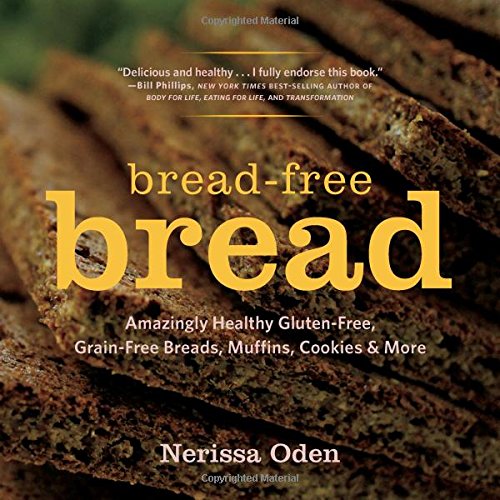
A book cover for Bread-Free Bread: Amazingly Healthy Gluten-Free, Grain-Free Breads, Muffins, Cookies & More; Nerissa Oden; Cookbooks, Food & Wine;